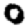
Digit: 0